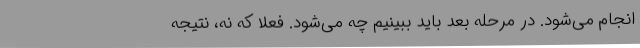
انجام می‌شود. در مرحله بعد باید ببینیم چه می‌شود. فعلاً که نه، نتیجه